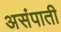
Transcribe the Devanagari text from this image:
असंपाती